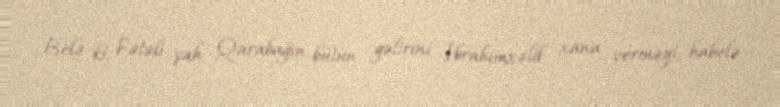
Belə ki, Fətəli şah Qarabağın bütün gəlirini İbrahimxəlil xana verməyi, habelə